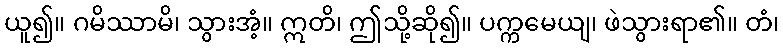
ယူ၍။ ဂမိဿာမိ၊ သွားအံ့။ ဣတိ၊ ဤသို့ဆို၍။ ပက္ကမေယျ၊ ဖဲသွားရာ၏။ တံ၊